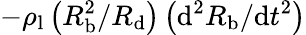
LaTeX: -\rho_{\mathrm{l}}\left(R_{\mathrm{b}}^{2}/R_{\mathrm{d}}\right)\left(\mathrm{d^{2}}R_{\mathrm{b}}/\mathrm{d}t^{2}\right)